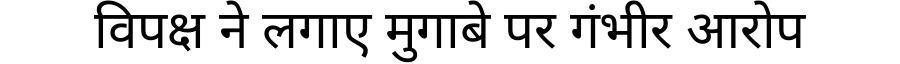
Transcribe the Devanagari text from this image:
विपक्ष ने लगाए मुगाबे पर गंभीर आरोप